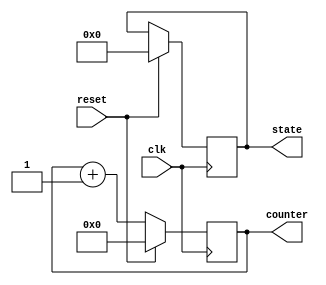
module reset_condition_example (
    input wire clk,         // Clock signal
    input wire reset,       // Active high reset signal
    output reg [7:0] counter, // Example internal state (8-bit counter)
    output reg [3:0] state   // Example internal state (4-bit state)
);

// Initial values for the internal states
initial begin
    counter = 8'b0; // Initialize counter to 0
    state = 4'b0000; // Initialize state to a known value
end

// Synchronous reset logic
always @(posedge clk) begin
    if (reset) begin
        // Reset condition - set internal states to initial values
        counter <= 8'b0; // Reset counter to 0
        state <= 4'b0000; // Reset state to a known value
    end else begin
        // Normal operational logic (example)
        counter <= counter + 1; // Increment counter
        // Additional state logic can be added here
    end
end

endmodule